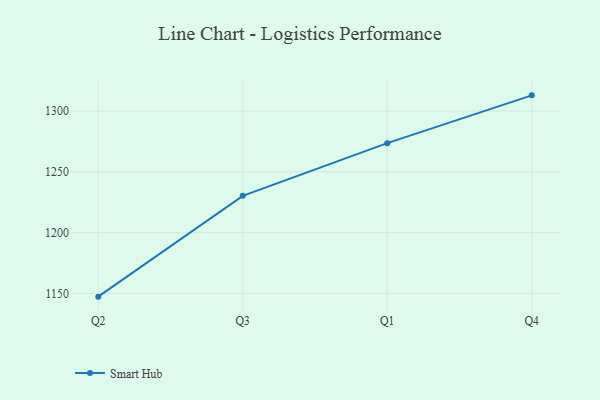
{"axis": {"x": "Quarter", "y": "Net Income (USD K)"}, "legend": ["Smart Hub"], "data": [{"x": "Q2", "y": 1147.4, "type": "Smart Hub"}, {"x": "Q3", "y": 1230.3, "type": "Smart Hub"}, {"x": "Q1", "y": 1273.6, "type": "Smart Hub"}, {"x": "Q4", "y": 1312.9, "type": "Smart Hub"}]}